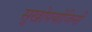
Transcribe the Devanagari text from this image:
सुखोपयोजिनी